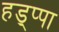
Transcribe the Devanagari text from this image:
हड्प्पा